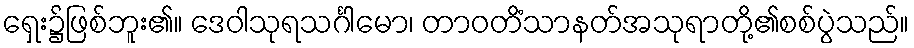
ရှေး၌ဖြစ်ဘူး၏။ ဒေဝါသုရသင်္ဂါမော၊ တာဝတိံသာနတ်အသုရာတို့၏စစ်ပွဲသည်။